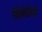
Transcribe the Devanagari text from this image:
भिवंडीची